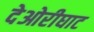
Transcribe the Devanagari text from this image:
देओरीघाट